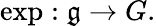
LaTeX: \exp:{\mathfrak{g}}\to G.